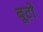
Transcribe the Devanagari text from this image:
बूटो